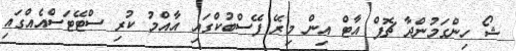
ޝޯ ހިންގަމުންދާ ޗޮޕް އާޓް އިން މިރޭ ފޭސްބުކްގައި އާއްމު ކުރި ސްޓޭޓަސްއެއްގައި